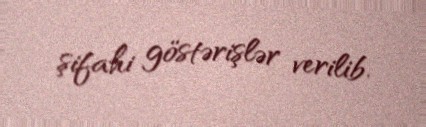
şifahi göstərişlər verilib.